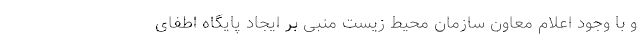
و با وجود اعلام معاون سازمان محیط زیست منبی بر ایجاد پایگاه اطفای